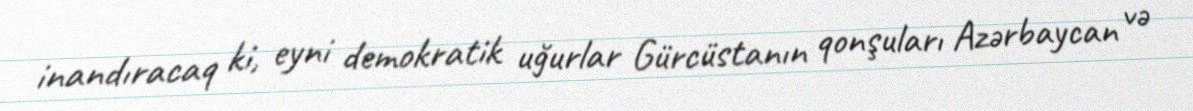
inandıracaq ki, eyni demokratik uğurlar Gürcüstanın qonşuları Azərbaycan və